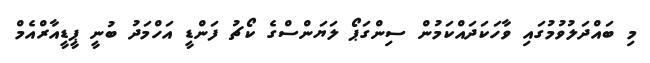
މި ބައްދަލުވުމުގައި ވާހަކަދައްކަމުން ސިންގަޕޯ ލަޔަންސްގެ ކޯޗު ފަންޑީ އަހްމަދު ބުނީ ޕީޑީއާރްއެމް